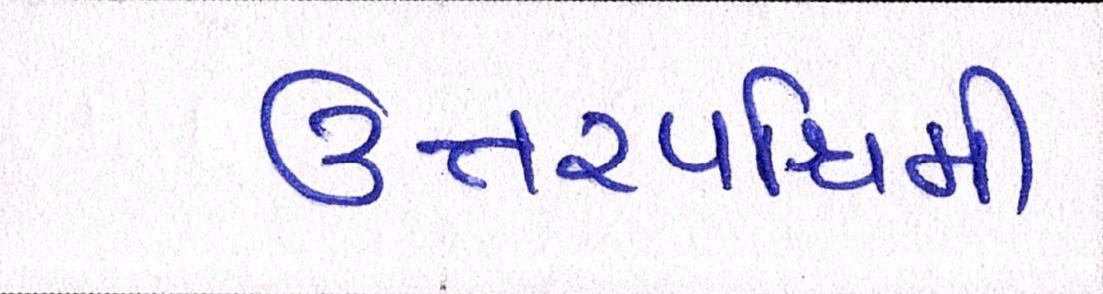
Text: ઉત્તરપશ્ચિમી